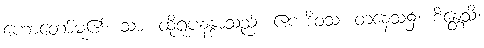
ဟောတော်မူ၏။ သာ၊ ထိုရူပနန္ဒာသည်။ ဧကဒိဝသံ၊ တနေ့သ၌။ စိန္တေသိ၊